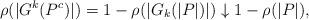
LaTeX: \begin{align*}\rho(|G^k(P^c)|) = 1 - \rho(|G_k(|P|)|) \downarrow 1 - \rho(|P|),\end{align*}